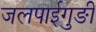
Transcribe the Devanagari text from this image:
जलपाईगुङी